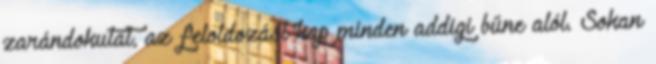
zarándokutat, az feloldozást kap minden addigi bűne alól. Sokan